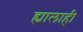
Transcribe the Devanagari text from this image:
ह्यालाही